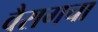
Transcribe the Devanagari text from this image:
वैरागचा